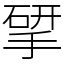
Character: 揅